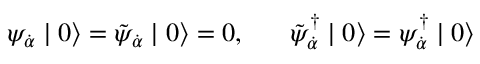
\psi _ { \dot { \alpha } } \mid 0 \rangle = \tilde { \psi } _ { \dot { \alpha } } \mid 0 \rangle = 0 , \; \; \; \; \; \; \tilde { \psi } _ { \dot { \alpha } } ^ { \dagger } \mid 0 \rangle = \psi _ { \dot { \alpha } } ^ { \dagger } \mid 0 \rangle